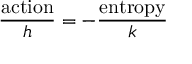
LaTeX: { \frac { \mathrm { a c t i o n } } { h } } = - { \frac { \mathrm { e n t r o p y } } { k } }